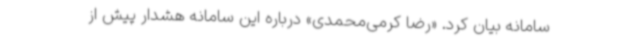
سامانه بیان کرد. «رضا کرمی‌محمدی» درباره این سامانه هشدار پیش‌ از